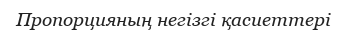
Пропорцияның негізгі қасиеттері